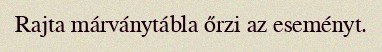
Rajta márványtábla őrzi az eseményt.